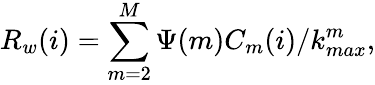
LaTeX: R_{w}(i)=\sum_{m=2}^{M}\Psi(m)C_{m}(i)/k_{max}^{m},